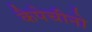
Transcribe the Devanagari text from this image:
कैपेचीनो